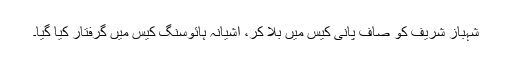
شہباز شریف کو صاف پانی کیس میں بلا کر، آشیانہ ہائوسنگ کیس میں گرفتار کیا گیا۔